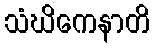
သံဃိကေနာတိ